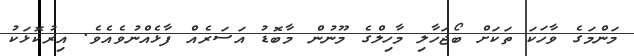
މަންމަގެ ވާހަކަ ތަކަށް ބޯޖަހާލި މާހިލްގެ މޫނުން މާބޮޑު އަސަރެއް ފާޅެއްނުވެއެވެ. އިރުކޮޅަކު